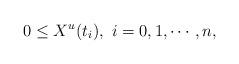
LaTeX: \begin{align*}0\leq X^u{(t_i)},\ i=0,1,\cdots,n,\end{align*}